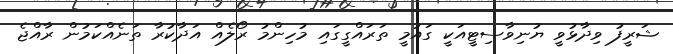
ޝަރީފު ވިދާޅުވީ ޔުނިވާސިޓީއަކީ ގައުމީ ތަރައްގީގައި މުހިންމު ރޯލެއް އަދާކުރާ ތަނެއްކަމުން ރާއްޖެ